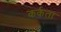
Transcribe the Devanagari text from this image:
कर्कता